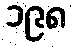
၁၉၈